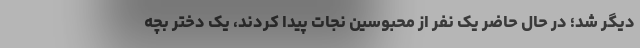
دیگر شد؛ در حال حاضر یک نفر از محبوسین نجات پیدا کردند، یک دختر بچه